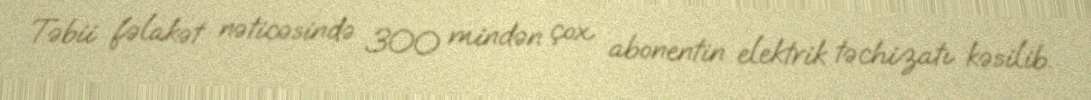
Təbii fəlakət nəticəsində 300 mindən çox abonentin elektrik təchizatı kəsilib.